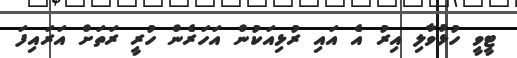
ޓީވީ ހުޅުވާލި އިރު އެ އައި ރުޅިއަކުން އަހަރެން ހުރީ ރަތަށް އަރައިފަ